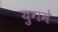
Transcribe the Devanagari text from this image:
युगमे